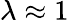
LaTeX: \lambda\approx 1